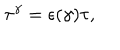
{ \tau } ^ { \gamma } = { \epsilon } ( { \gamma } ) { \tau } ,